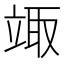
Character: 𥪏